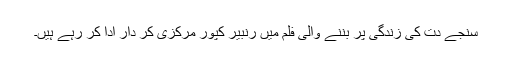
سنجے دت کی زندگی پر بننے والی فلم میں رنبیر کپور مرکزی کر دار ادا کر رہے ہیں۔